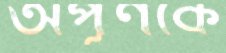
অপূর্ণকে